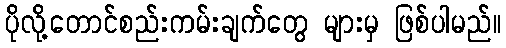
ပိုလို့တောင်စည်းကမ်းချက်တွေ များမှ ဖြစ်ပါမည်။